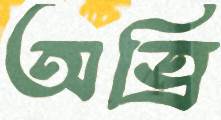
অত্রি